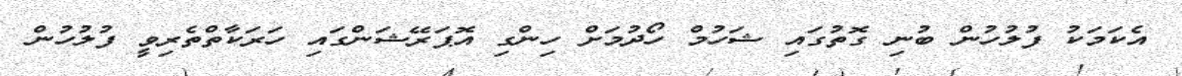
އެކަމަކު ފުލުހުން ބުނި ގޮތުގައި ޝަހުމް ހޯދުމަށް ހިންގި އޮޕަރޭޝަންގައި ހަރަކާތްތެރިވީ ފުލުހުން